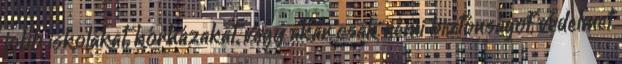
jobb iskolákat, kórházakat, vagy akár csak némi biztonságot, védelmet